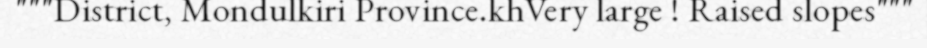
"""District, Mondulkiri Province.khVery large ! Raised slopes"""